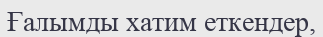
Ғалымды хатим еткендер,